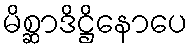
မိစ္ဆာဒိဋ္ဌိနောပေ